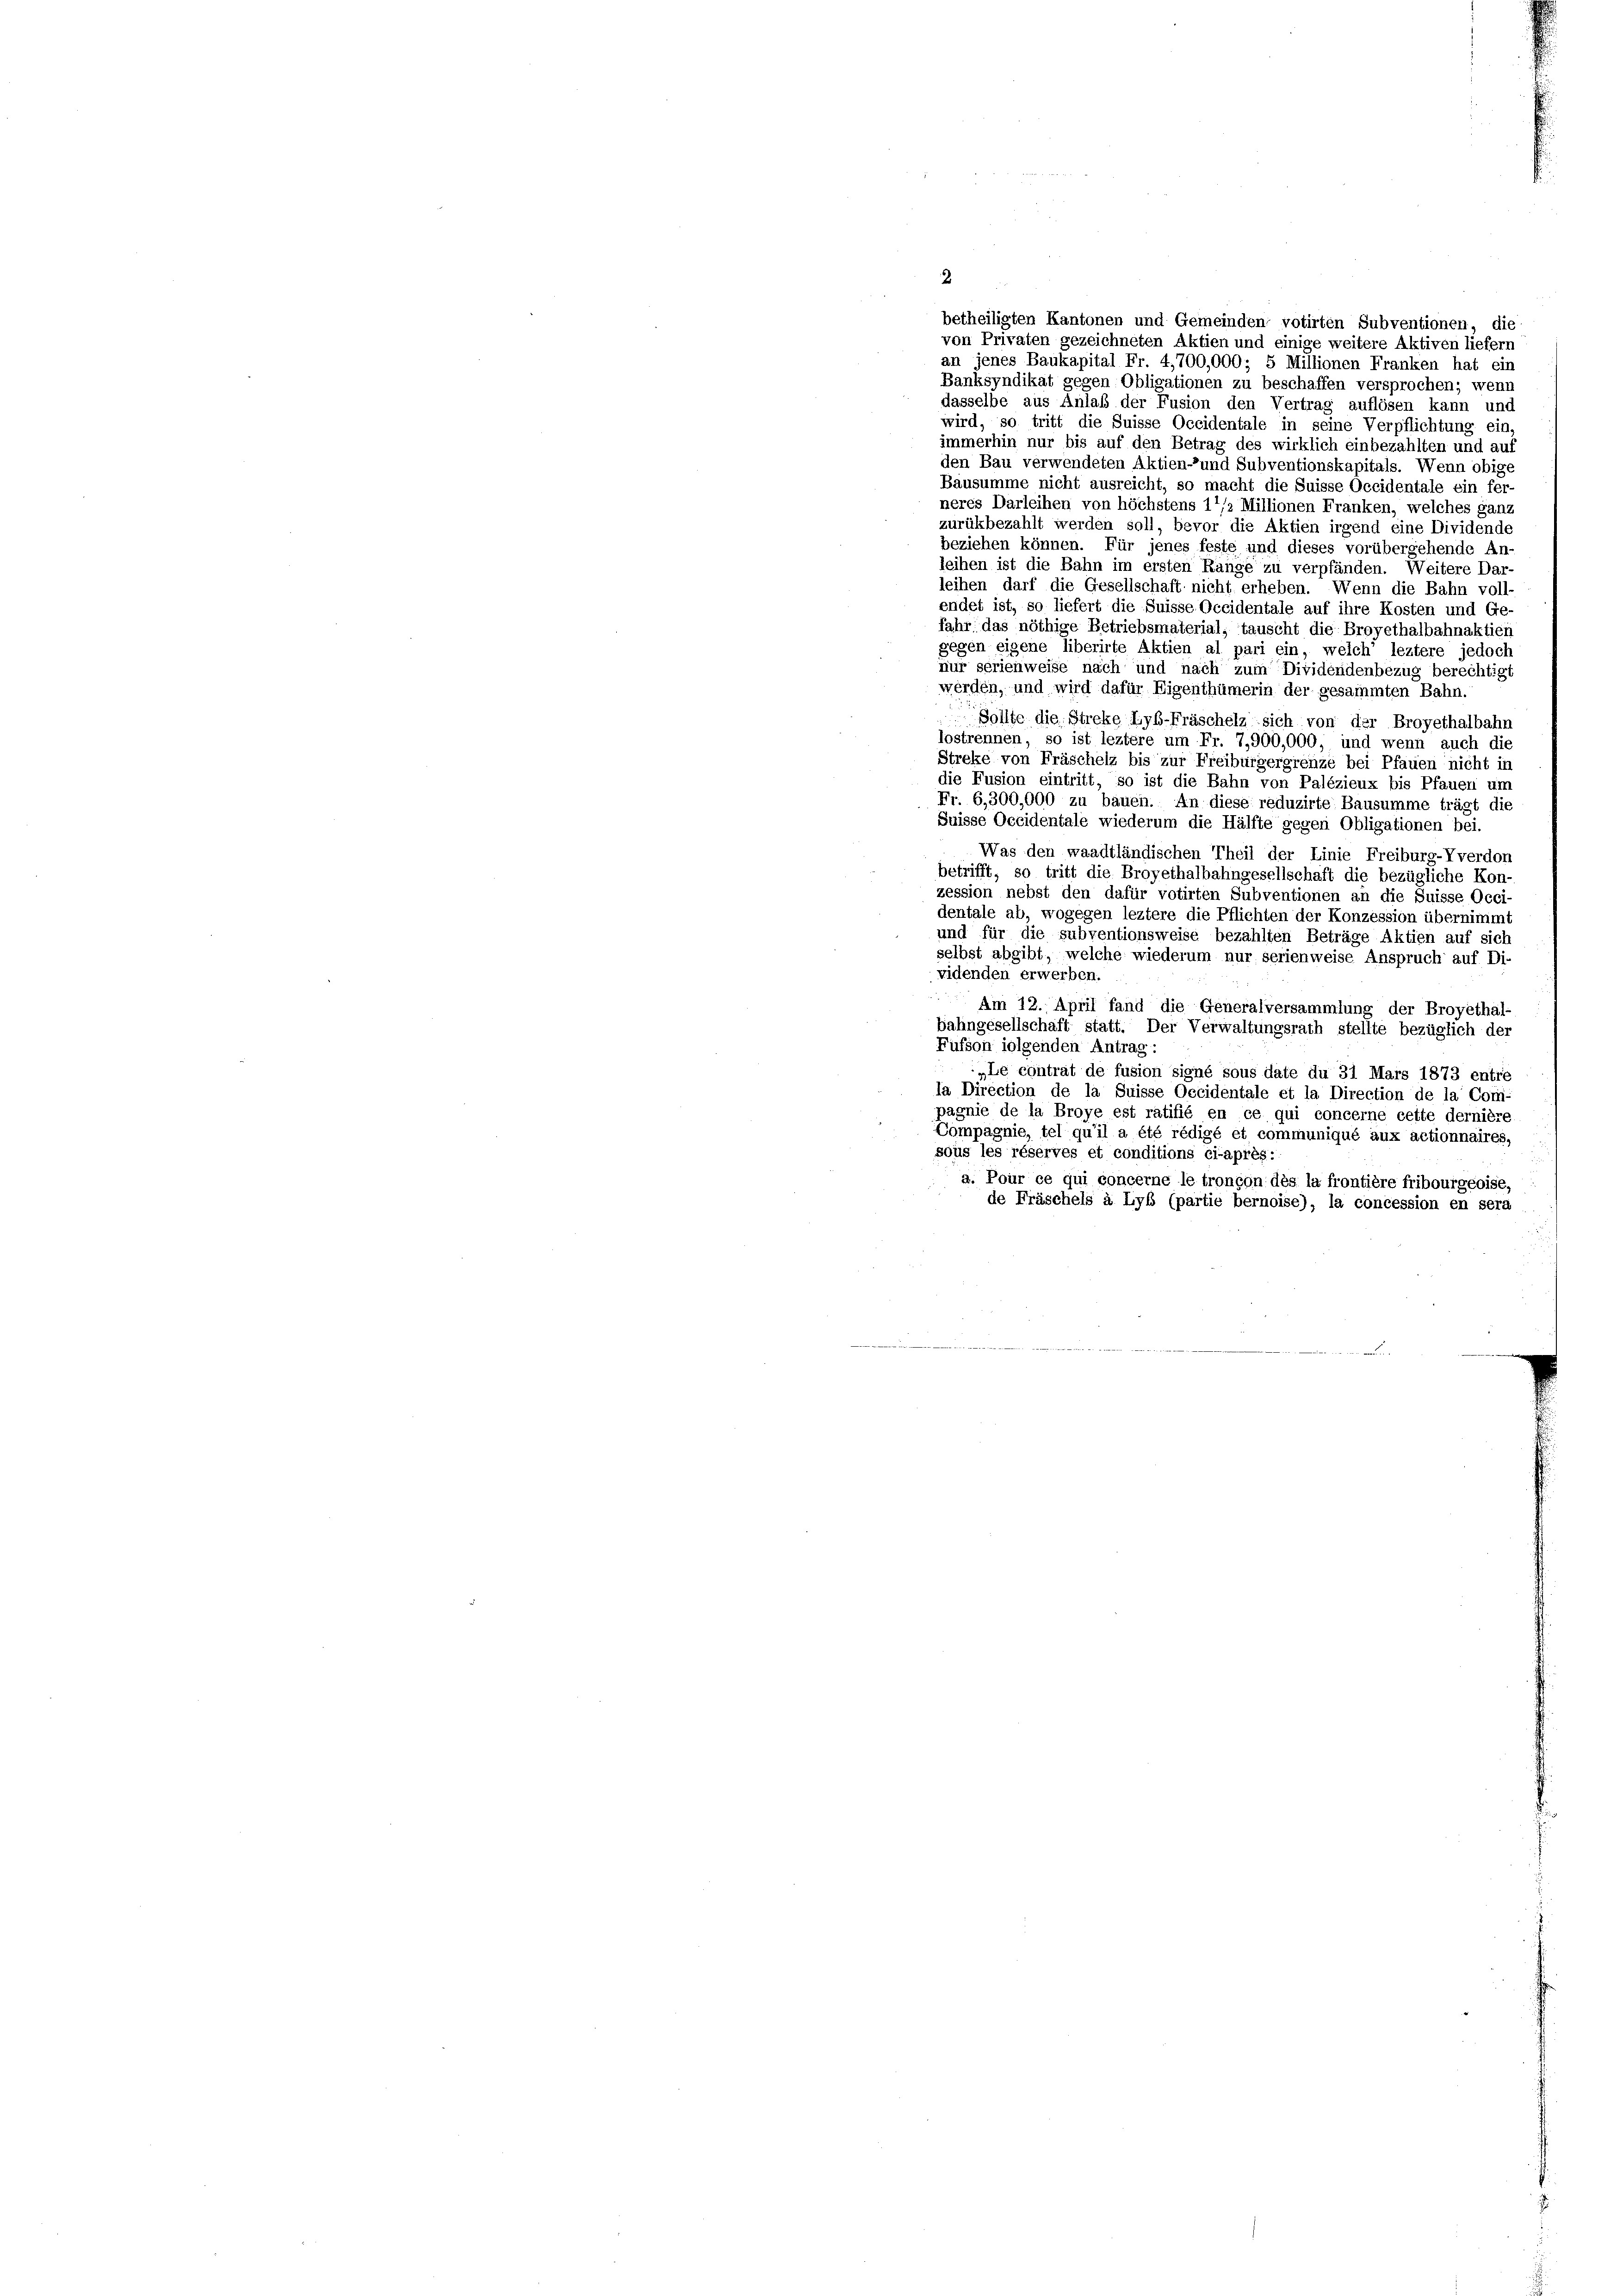
betheiligten Kantonen und Gemeinden votirten Subventionen, die
von Privaten gezeichneten Aktien und einige weitere Aktiven liefern
an jenes Baukapital Fr. 4,700,000; 5 Millionen Franken hat ein
Banksyndikat gegen Obligationen zu beschaffen versprochen; wenn
dasselbe aus Anlaß der Fusion den Vertrag auflösen kann und
wird, so tritt die Suisse Occidentale in seine Verpflichtung ein
immerhin nur bis auf den Betrag des wirklich einbezahlten und auf
den Bau verwendeten Aktien- und Subventionskapitals. Wenn obige
Bausumme nicht ausreicht, so macht die Suisse Occidentale ein fer-
neres Darleihen von höchstens 11/2 Millionen Franken, welches ganz
zurükbezahlt werden soll, bevor die Aktien irgend eine Dividende
beziehen können. Für jenes feste und dieses vorübergehende An-
leihen ist die Bahn im ersten Range zu verpfänden. Weitere Dar
leihen darf die Gesellschaft nicht erheben. Wenn die Bahn voll-
endet ist, so liefert die Suisse Occidentale auf ihre Kosten und Ge
fahr das nöthige Betriebsmaterial, tauscht die Broyethalbahnaktien
gegen eigene liberirte Aktien al pari ein, welch leztere jedoch
nur serienweise nach und nach zum Dividendenbezug berechtigt
werden, und wird dafür Eigenthümerin der gesammten Bahn.
Sollte die Streke Lyb-Fräschelz sich von der Broyethalbahn
lostrennen, so ist leztere um Fr. 7,900,000, und wenn auch die
Streke von Fräschelz bis zur Freiburgergrenze bei Pfauen nicht in
die Fusion eintritt, so ist die Bahn von Palézieux bis Pfauen um
Fr. 6,300,000 zu bauen. An diese reduzirte Bausumme trägt die
Suisse Occidentale wiederum die Hälfte gegen Obligationen bei.
Was den waadtländischen Theil der Linie Freiburg-Vverdon
betrifft, so tritt die Broyethalbahngesellschaft die bezügliche Kon-
zession nebst den dafür votirten Subventionen an die Suisse Occi-
dentale ab, wogegen leztere die Pflichten der Konzession übernimmt
und für die subventionsweise bezahlten Beträge Aktien auf sich
selbst abgibt, welche wiederum nur serienweise Anspruch auf Di-
videnden erwerben.
Am 12. April fand die Generalversammlung der Broyethal-
bahngesellschaft statt. Der Verwaltungsrath stellte bezüglich der
Füfson iolgenden Antrag:
„Le contrat de fusion signé sous date du 31 Mars 1873 entre
la Direction de la Suisse Occidentale et la Direction de la Com-
pagnie de la Broye est ratifié en ce qui concerne cette dernière
Compagnie, tel qu’il a été rédigé et communiqué aux actionnaires,
sous les réserves et conditions ci-après.
a. Pour ce qui concerne le tronçon dès la frontière fribourgeoise,
de Fräschels à Lyb (partie bernoise), la concession en sera